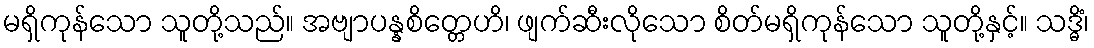
မရှိကုန်သော သူတို့သည်။ အဗျာပန္နစိတ္တေဟိ၊ ဖျက်ဆီးလိုသော စိတ်မရှိကုန်သော သူတို့နှင့်။ သဒ္ဓိံ၊